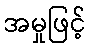
အမှုဖြင့်